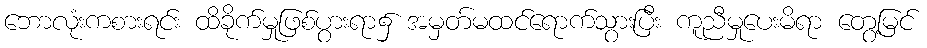
ဘောလုံးကစားရင်း ထိခိုက်မှုဖြစ်ပွားရာ၌ အမှတ်မထင်ရောက်သွားပြီး ကူညီမှုပေးမိရာ တွေ့မြင်